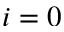
i = 0